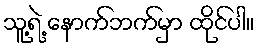
သူ့ရဲ့ နောက်ဘက်မှာ ထိုင်ပါ။